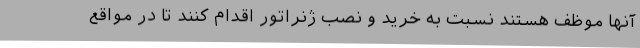
آنها موظف هستند نسبت به خرید و نصب ژنراتور اقدام کنند تا در مواقع